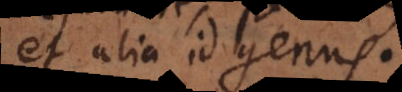
et alia id genus.